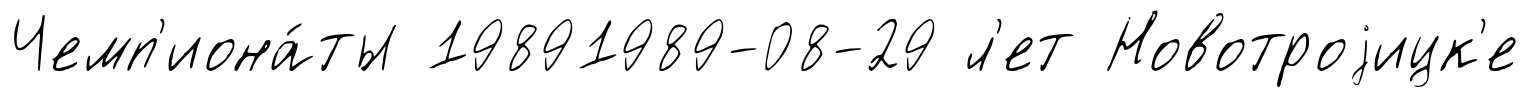
Чемп'иона́ты 19891989-08-29 л'ет Новотроjицк'е